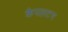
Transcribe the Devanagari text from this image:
कैपलटन